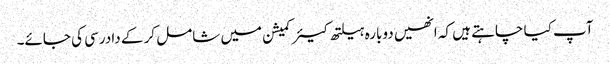
آپ کیا چاہتے ہیں کہ انھیں دوبارہ ہیلتھ کیئر کمیشن میں شامل کر کے دادرسی کی جائے۔